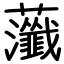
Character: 虃